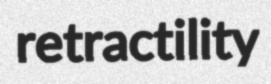
retractility